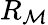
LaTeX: R_{\mathcal{M}}